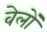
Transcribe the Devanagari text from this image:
वेलों